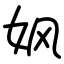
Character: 㚯